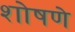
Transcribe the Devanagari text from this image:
शोषणे